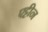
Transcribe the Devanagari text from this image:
एट्टीन